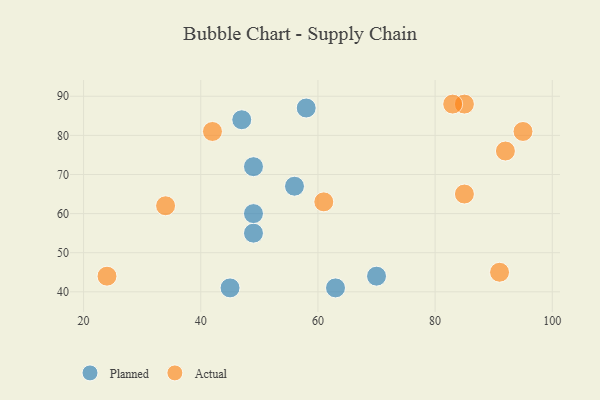
{"axis": {"x": "GDP", "y": "Life Expectancy"}, "legend": ["Actual", "Planned"], "data": [{"x": "49", "y": 72, "type": "Planned"}, {"x": "56", "y": 67, "type": "Planned"}, {"x": "47", "y": 84, "type": "Planned"}, {"x": "45", "y": 41, "type": "Planned"}, {"x": "49", "y": 55, "type": "Planned"}, {"x": "58", "y": 87, "type": "Planned"}, {"x": "49", "y": 60, "type": "Planned"}, {"x": "70", "y": 44, "type": "Planned"}, {"x": "63", "y": 41, "type": "Planned"}, {"x": "85", "y": 88, "type": "Actual"}, {"x": "95", "y": 81, "type": "Actual"}, {"x": "92", "y": 76, "type": "Actual"}, {"x": "42", "y": 81, "type": "Actual"}, {"x": "91", "y": 45, "type": "Actual"}, {"x": "24", "y": 44, "type": "Actual"}, {"x": "85", "y": 65, "type": "Actual"}, {"x": "61", "y": 63, "type": "Actual"}, {"x": "34", "y": 62, "type": "Actual"}, {"x": "83", "y": 88, "type": "Actual"}]}